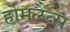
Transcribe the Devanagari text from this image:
होमलैब्स